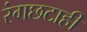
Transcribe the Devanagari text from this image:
रंगछटाही